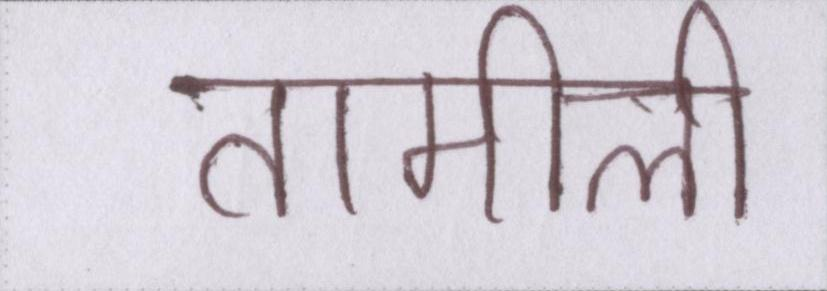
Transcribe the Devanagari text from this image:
तामीली